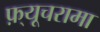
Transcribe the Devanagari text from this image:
फ़्यूचरामा